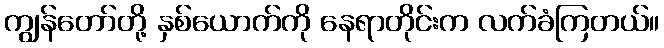
ကျွန်တော်တို့ နှစ်ယောက်ကို နေရာတိုင်းက လက်ခံကြတယ်။